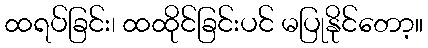
ထရပ်ခြင်း၊ ထထိုင်ခြင်းပင် မပြုနိုင်တော့။